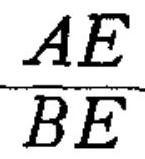
\frac{AE}{BE}